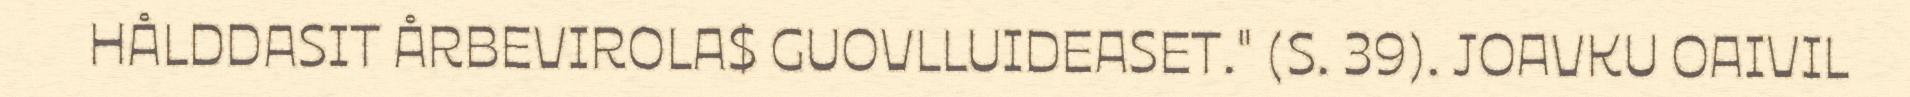
HÅLDDASIT ÅRBEVIROLA$ GUOVLLUIDEASET." (S. 39). JOAVKU OAIVIL